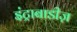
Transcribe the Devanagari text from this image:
इंट्राबाडीज़